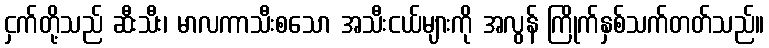
ငှက်တို့သည် ဆီးသီး၊ မာလကာသီးစသော အသီးငယ်များကို အလွန် ကြိုက်နှစ်သက်တတ်သည်။